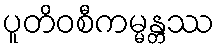
ပူတိဝစီကမ္မန္တဿ